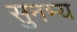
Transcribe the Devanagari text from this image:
सुनभ्य